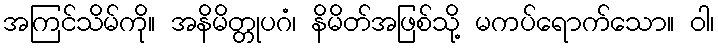
အကြင်သိမ်ကို။ အနိမိတ္တုပဂံ၊ နိမိတ်အဖြစ်သို့ မကပ်ရောက်သော။ ဝါ၊